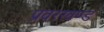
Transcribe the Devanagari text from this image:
प्रवरखण्ड